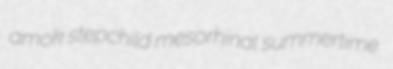
amok stepchild mesorhinal summertime